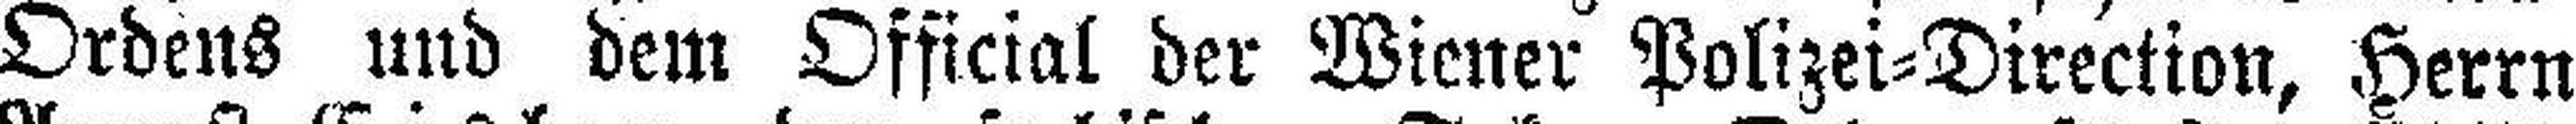
Ordens und dem Official der Wiener Polizei=Direction, Herrn